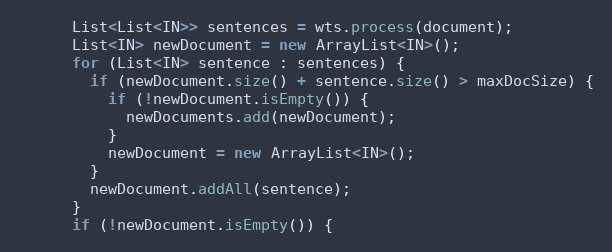
Language: Java
      List<List<IN>> sentences = wts.process(document);
      List<IN> newDocument = new ArrayList<IN>();
      for (List<IN> sentence : sentences) {
        if (newDocument.size() + sentence.size() > maxDocSize) {
          if (!newDocument.isEmpty()) {
            newDocuments.add(newDocument);
          }
          newDocument = new ArrayList<IN>();
        }
        newDocument.addAll(sentence);
      }
      if (!newDocument.isEmpty()) {